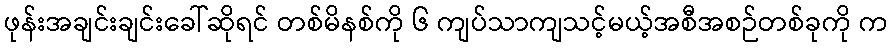
ဖုန်းအချင်းချင်းခေါ်ဆိုရင် တစ်မိနစ်ကို ၆ ကျပ်သာကျသင့်မယ့်အစီအစဉ်တစ်ခုကို က